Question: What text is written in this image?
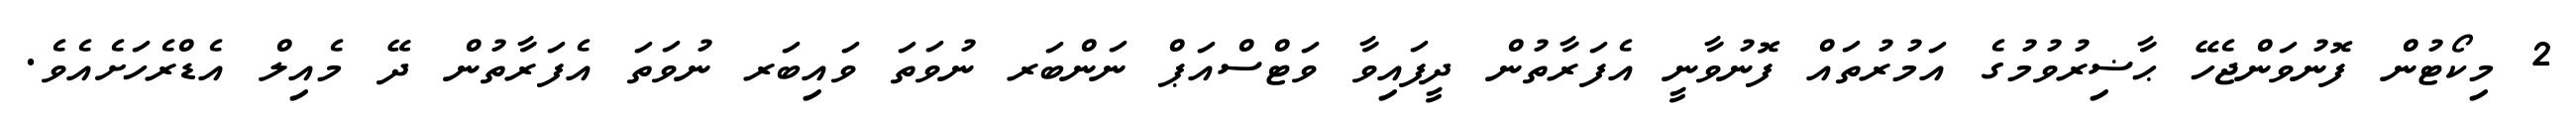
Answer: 2 މިކޯޓުން ފޮނުވަންޖެހޭ ޙާޟިރުވުމުގެ އަމުރުތައް ފޮނުވާނީ އެފަރާތުން ދީފައިވާ ވަޓްސްއަޕް ނަންބަރ ނުވަތަ ވައިބަރ ނުވަތަ އެފަރާތުން ދޭ މެއިލް އެޑްރެހަށެއެވެ.